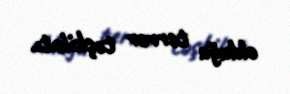
olduğu terror təşkilatı.